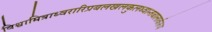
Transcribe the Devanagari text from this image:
विश्वामित्राध्वरारिप्रबलखलकुलध्वान्तबालार्करूप